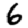
Digit: 6